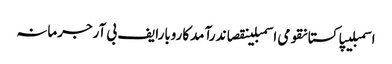
اسمبلیپاکستانقومی اسمبلینقصاندرآمدکاروبارایف بی آرجرمانہ